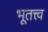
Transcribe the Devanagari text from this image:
भूतत्त्व